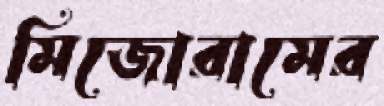
মিজোরামের